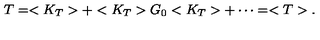
T = < K _ { T } > + < K _ { T } > G _ { 0 } < K _ { T } > + \cdots = < T > .